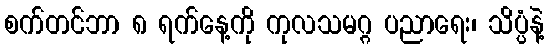
စက်တင်ဘာ ၈ ရက်နေ့ကို ကုလသမဂ္ဂ ပညာရေး၊ သိပ္ပံနဲ့